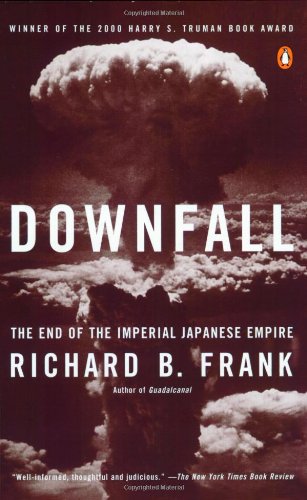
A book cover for Downfall: The End of the Imperial Japanese Empire; Richard B. Frank; History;